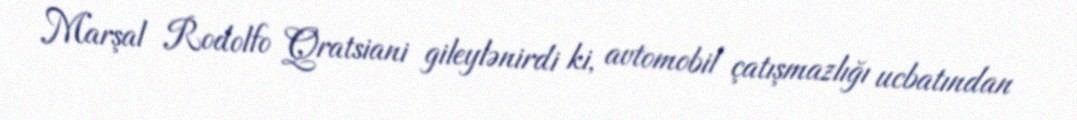
Marşal Rodolfo Qratsiani gileylənirdi ki, avtomobil çatışmazlığı ucbatından